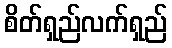
စိတ်ရှည်လက်ရှည်